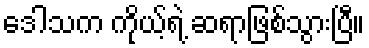
ဒေါသက ကိုယ့်ရဲ့ ဆရာဖြစ်သွားပြီ။